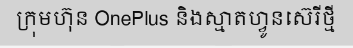
ក្រុមហ៊ុន OnePlus និងស្មាតហ្វូនស៊េរីថ្មី